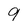
Character: 9